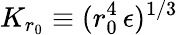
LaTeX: K_{r_{0}}\equiv(r_{0}^{4}\, \epsilon)^{1/3}